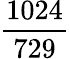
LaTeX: \frac{1024}{729}